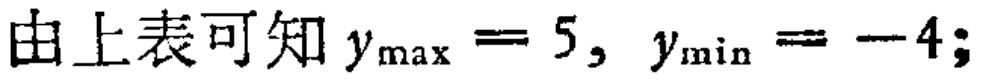
由上表可知 \(y_{\max}=5, y_{\min}=-4;\)